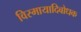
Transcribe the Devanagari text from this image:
विस्मायादिबोधक